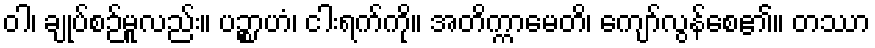
ဝါ၊ ချုပ်စဉ်မူလည်း။ ပဉ္စာဟံ၊ ငါးရက်ကို။ အတိက္ကာမေတိ၊ ကျော်လွန်စေ၏။ တဿာ